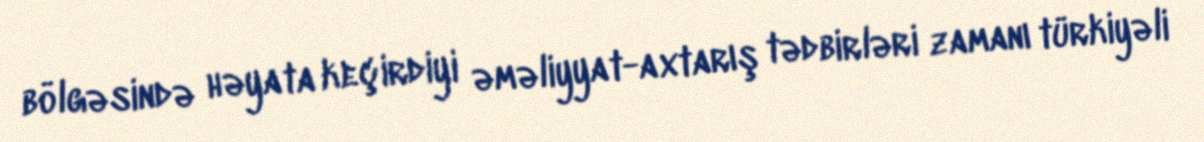
bölgəsində həyata keçirdiyi əməliyyat-axtarış tədbirləri zamanı türkiyəli